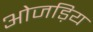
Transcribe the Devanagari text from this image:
ओजड़िय